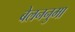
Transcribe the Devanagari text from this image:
बेलननुमा